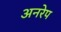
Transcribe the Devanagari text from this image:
अनरेप